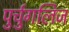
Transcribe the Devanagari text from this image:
पुर्चुगलिज